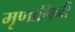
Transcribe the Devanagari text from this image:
मृृणालिनी